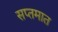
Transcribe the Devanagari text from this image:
सप्तमात